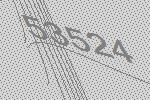
53524